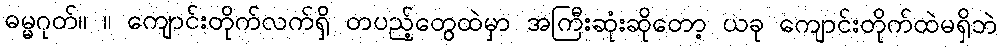
ဓမ္မဂုတ်။ ။ ကျောင်းတိုက်လက်ရှိ တပည့်တွေထဲမှာ အကြီးဆုံးဆိုတော့ ယခု ကျောင်းတိုက်ထဲမရှိဘဲ